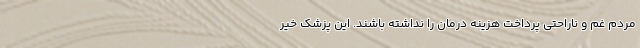
مردم غم و ناراحتی پرداخت هزینه درمان را نداشته باشند. این پزشک خیر